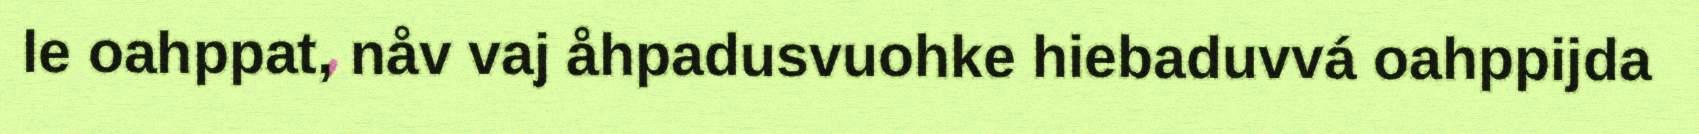
le oahppat, nåv vaj åhpadusvuohke hiebaduvvá oahppijda